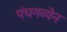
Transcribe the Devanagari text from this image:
पंचगव्येन